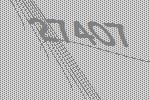
27407